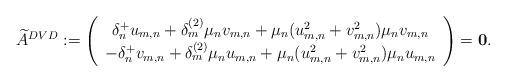
LaTeX: \begin{align*}\widetilde{A}^{DVD}:=\left(\begin{array}{c}\delta_n^+u_{m,n}+\delta_m^{(2)}\mu_nv_{m,n}+\mu_n(u_{m,n}^2+v_{m,n}^2)\mu_nv_{m,n}\\-\delta_n^+v_{m,n}+\delta_m^{(2)}\mu_nu_{m,n}+\mu_n(u_{m,n}^2+v_{m,n}^2)\mu_nu_{m,n}\end{array}\right)=\mathbf{0}.\end{align*}